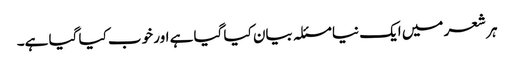
ہر شعر میں ایک نیا مسئلہ بیان کیا گیا ہے اور خوب کیا گیا ہے۔